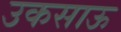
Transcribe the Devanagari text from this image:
उकसाऊ